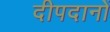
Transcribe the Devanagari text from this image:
दीपदानों